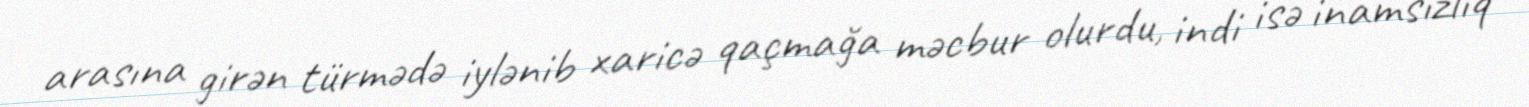
arasına girən türmədə iylənib xaricə qaçmağa məcbur olurdu, indi isə inamsızlıq